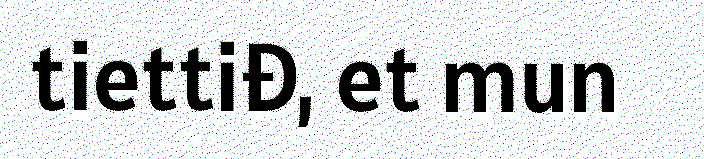
tiettiđ, et mun